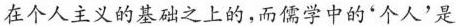
在个人主义的基础之上的,而儒学中的“个人’是